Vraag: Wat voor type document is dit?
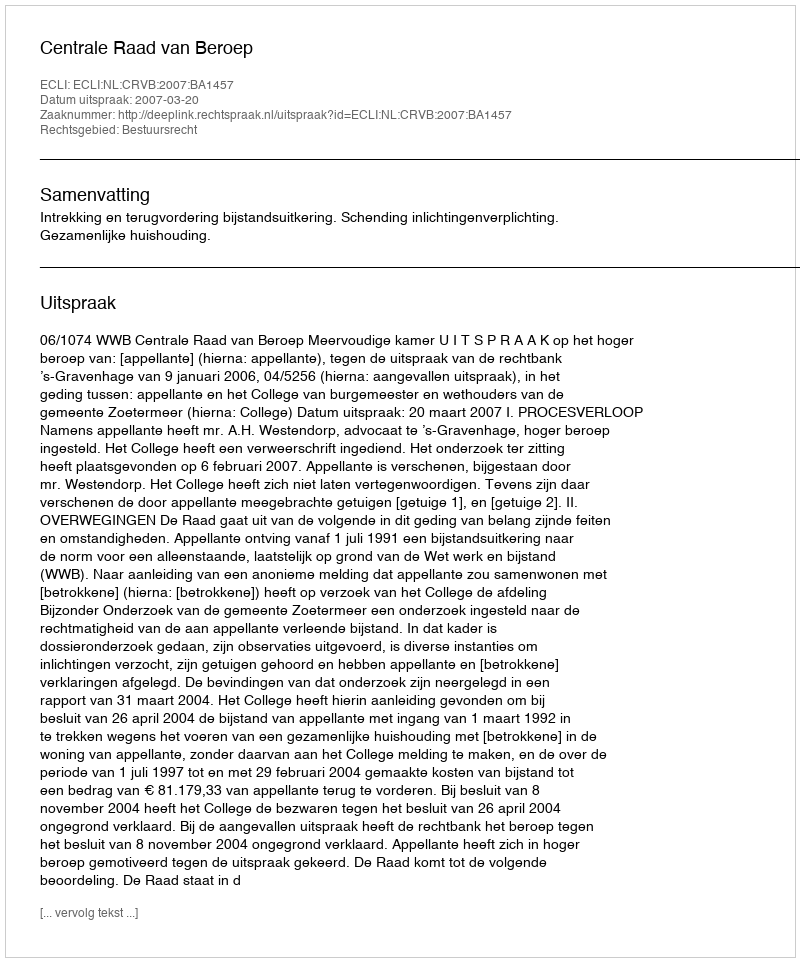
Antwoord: Uitspraak